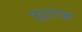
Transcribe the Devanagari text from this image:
पुरुराज